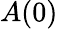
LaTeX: A(0)